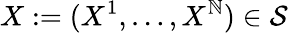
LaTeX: X:=(X^{1},\ldots,X^{\mathbb{N}})\in\mathcal{{S}}